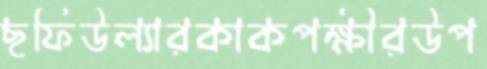
ছফিউল্যারকাকপক্ষীরউপ